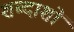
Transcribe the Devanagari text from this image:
शब्दाशों